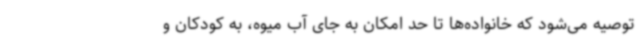
توصیه می‌شود که خانواده‌ها تا حد امکان به جای آب میوه، به کودکان و